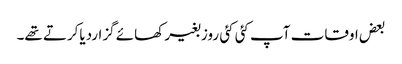
بعض اوقات آپ کئی کئی روز بغیر کھائے گزاردیاکرتے تھے۔